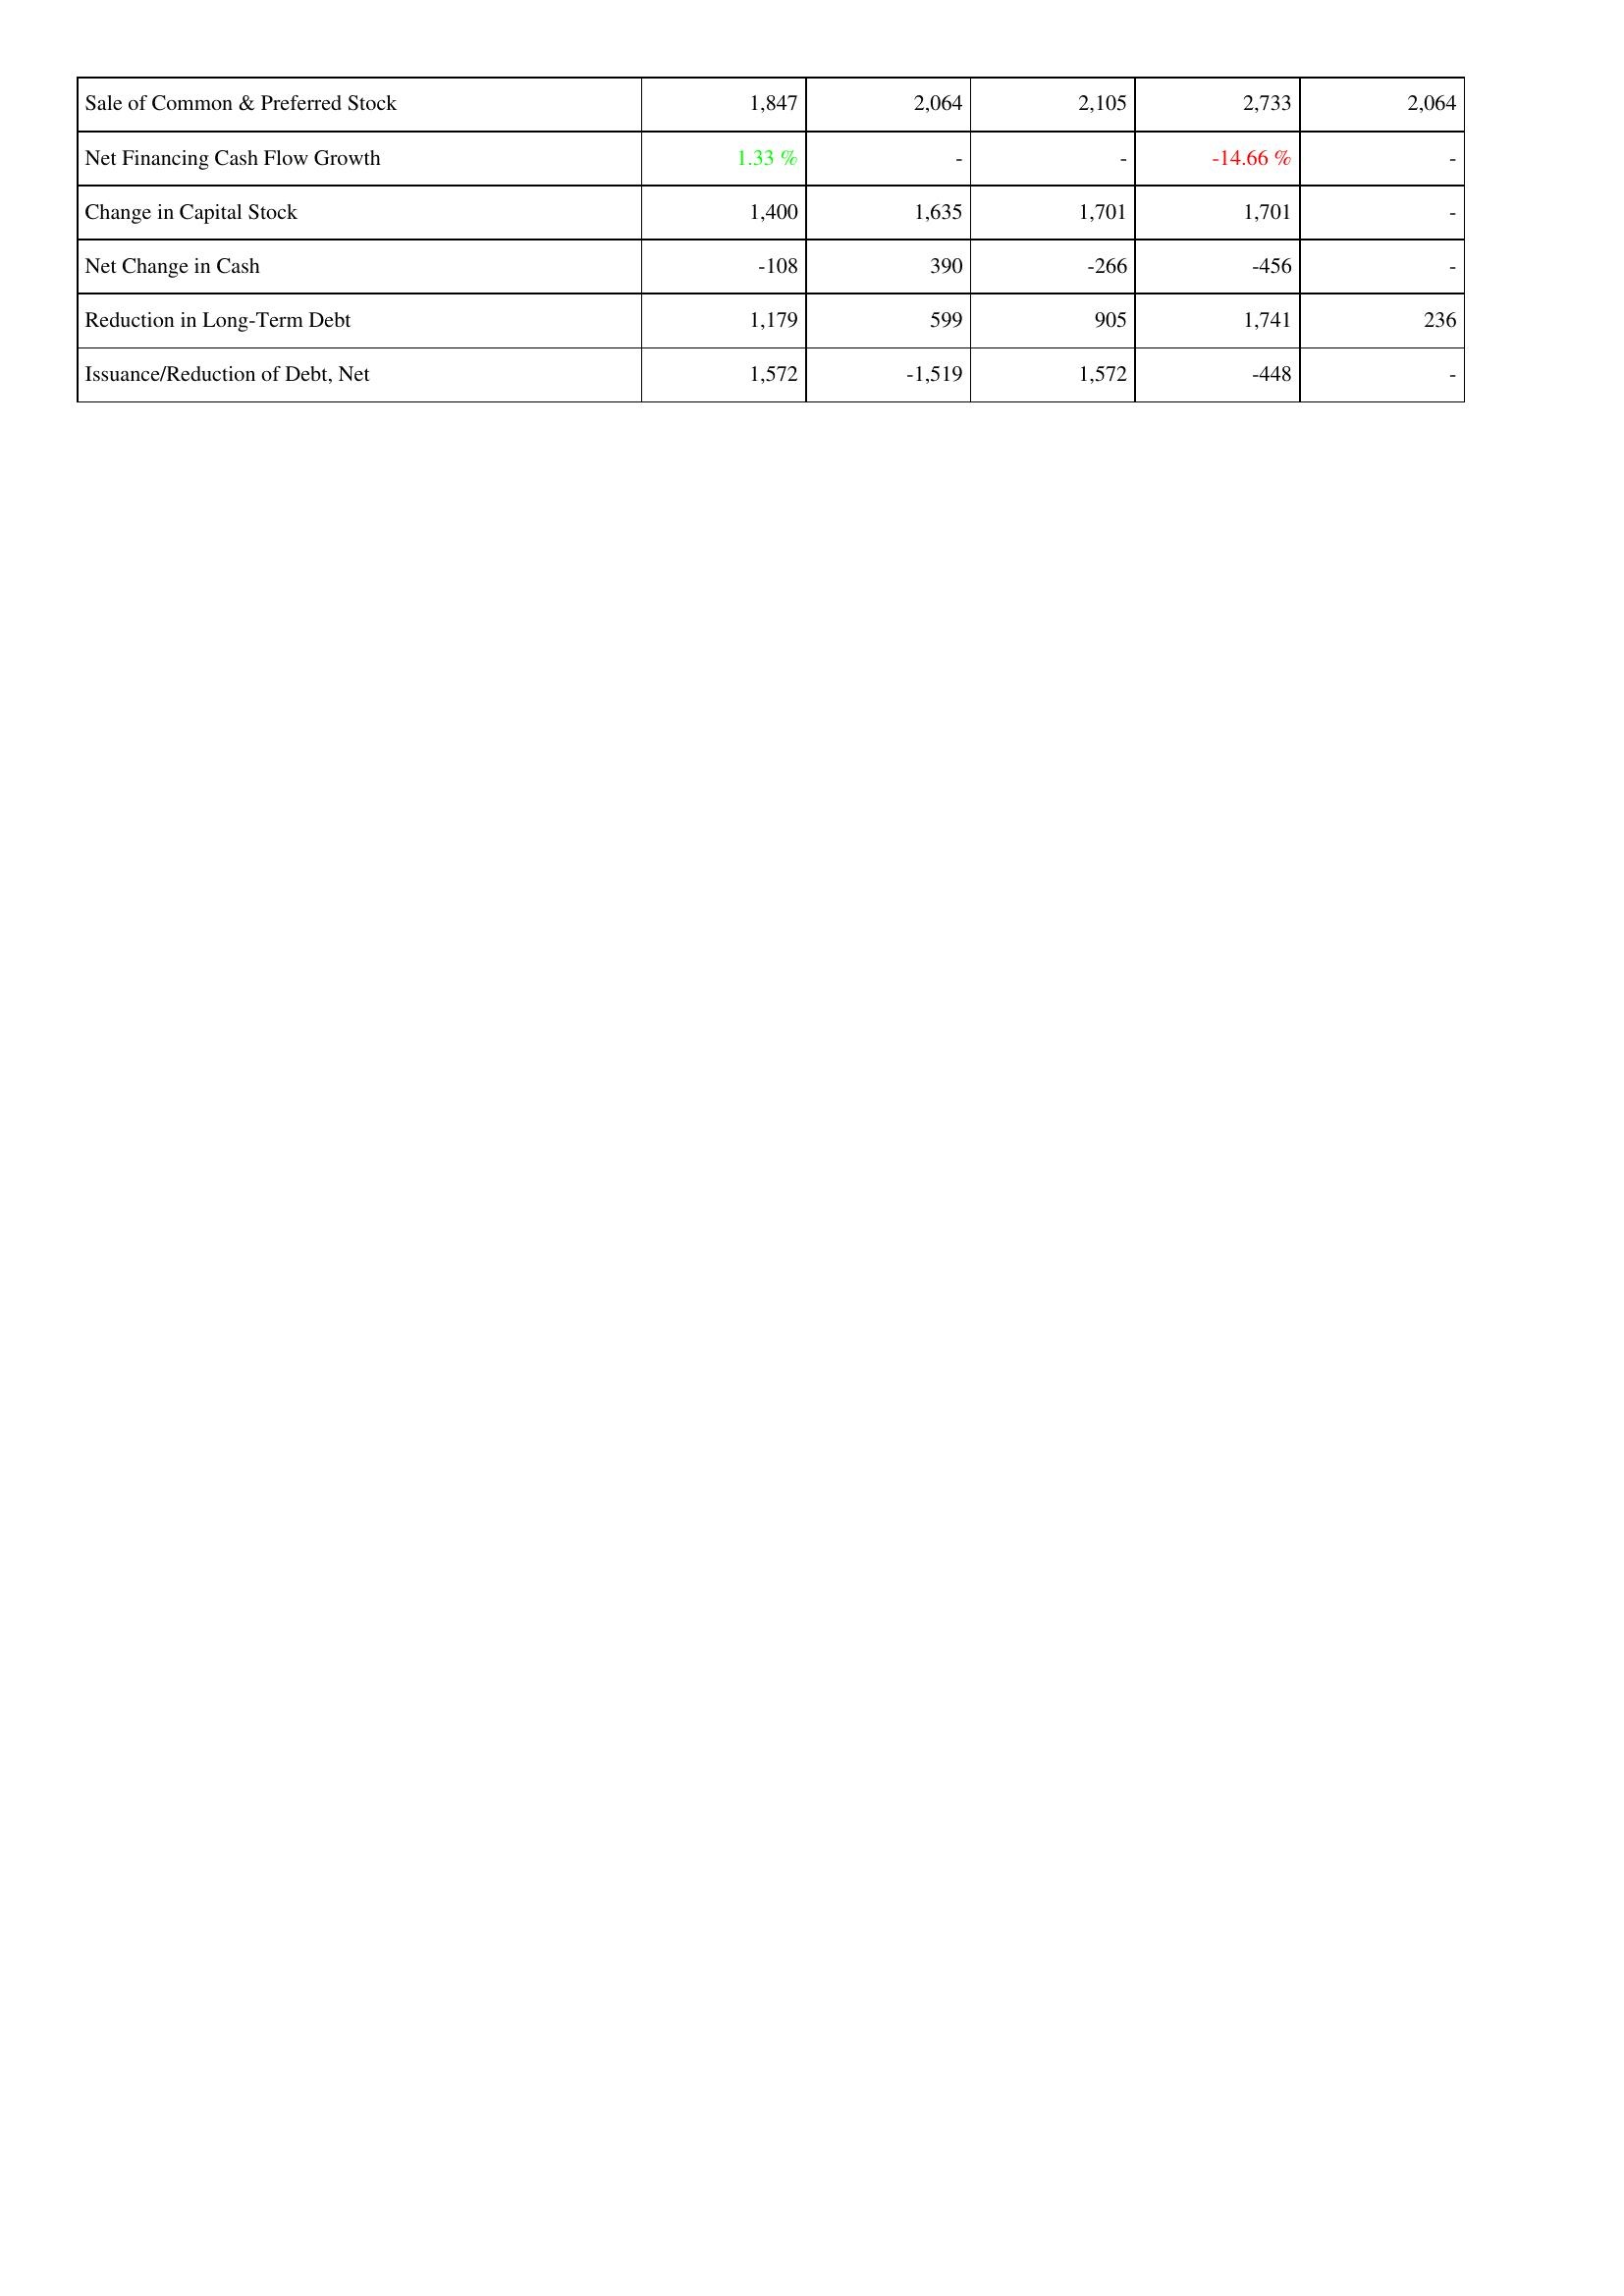
2006: Financing Activities: Sale of Common & Preferred Stock: 1,847
Net Financing Cash Flow Growth: 1.33 %
Change in Capital Stock: 1,400
Net Change in Cash: -108
Reduction in Long-Term Debt: 1,179
Issuance/Reduction of Debt, Net: 1,572
2007: Financing Activities: Sale of Common & Preferred Stock: 2,064
Net Financing Cash Flow Growth: -
Change in Capital Stock: 1,635
Net Change in Cash: 390
Reduction in Long-Term Debt: 599
Issuance/Reduction of Debt, Net: -1,519
2008: Financing Activities: Sale of Common & Preferred Stock: 2,105
Net Financing Cash Flow Growth: -
Change in Capital Stock: 1,701
Net Change in Cash: -266
Reduction in Long-Term Debt: 905
Issuance/Reduction of Debt, Net: 1,572
2009: Financing Activities: Sale of Common & Preferred Stock: 2,733
Net Financing Cash Flow Growth: -14.66 %
Change in Capital Stock: 1,701
Net Change in Cash: -456
Reduction in Long-Term Debt: 1,741
Issuance/Reduction of Debt, Net: -448
2010: Financing Activities: Sale of Common & Preferred Stock: 2,064
Net Financing Cash Flow Growth: -
Change in Capital Stock: -
Net Change in Cash: -
Reduction in Long-Term Debt: 236
Issuance/Reduction of Debt, Net: -